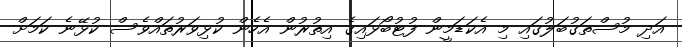
އަދި މުސްތަގުބަލުގައި މި އެކަޑަމީން ފުޓުބޯޅައިގެ އިތުރުން އެހެން ކުޅިވަރުތައްވެސް ކުޅޭނެ ކަމަށް